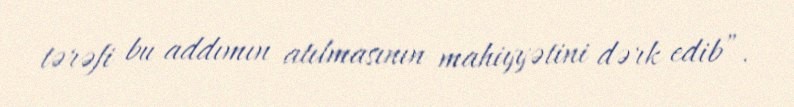
tərəfi bu addımın atılmasının mahiyyətini dərk edib”.